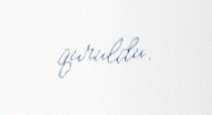
quruldu.